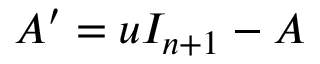
A ^ { \prime } = u I _ { n + 1 } - A